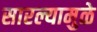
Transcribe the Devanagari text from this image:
सारल्यामुळे